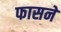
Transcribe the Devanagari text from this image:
फासने